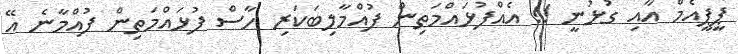
ޕީޕީއެމް އާއި ގުޅުނީ !! އެއްފުޅައްމަތިން ފުއްމާލިބަކަރި ހާސް ފުޅައްމަތިން ފުއްމާނެ އޭ